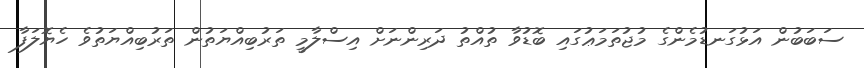
ސަބަބުން އަޅުގަނޑުމެންގެ މުޖުތަމަޢުގައި ބޮޑުވާ ތުއްތު ދަރިންނަށް އިސްލާމީ ތަރުބިއްޔަތުން ތަރުބިއްޔަތުވެ ހެޔޮލަފާ